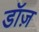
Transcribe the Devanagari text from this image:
डॉज़